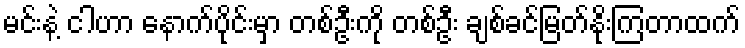
မင်းနဲ့ ငါဟာ နောက်ပိုင်းမှာ တစ်ဦးကို တစ်ဦး ချစ်ခင်မြတ်နိုးကြတာထက်